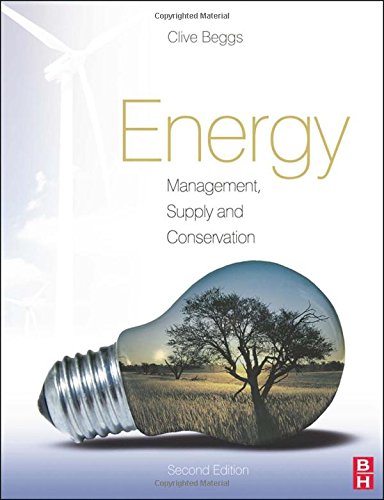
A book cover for Energy: Management, Supply and Conservation; Clive Beggs; Crafts, Hobbies & Home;